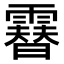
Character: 𩅮